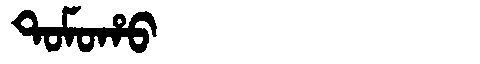
Manchu: ᡨᠣᠮᠣᡥᠣ
Romanization: TOMOHO